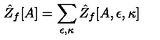
\hat { Z } _ { f } [ A ] = \sum _ { \epsilon , \kappa } \hat { Z } _ { f } [ A , \epsilon , \kappa ]